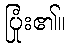
ပြုံး၏။